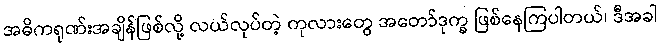
အဓိကရုဏ်းအချိန်ဖြစ်လို့ လယ်လုပ်တဲ့ ကုလားတွေ အတော်ဒုက္ခ ဖြစ်နေကြပါတယ်၊ ဒီအခါ